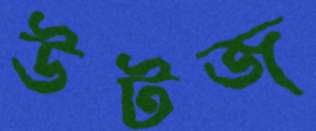
উটজ